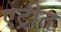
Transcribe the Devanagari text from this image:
एट्रीत